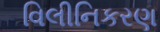
વિલીનિકરણ